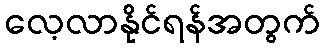
လေ့လာနိုင်ရန်အတွက်